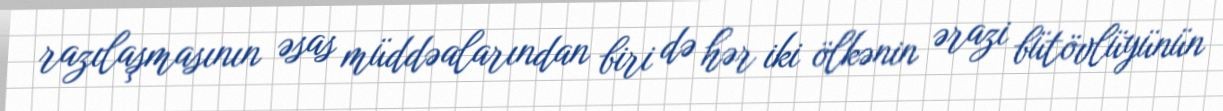
razılaşmasının əsas müddəalarından biri də hər iki ölkənin ərazi bütövlüyünün